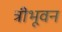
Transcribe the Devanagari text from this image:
त्रीभूवन